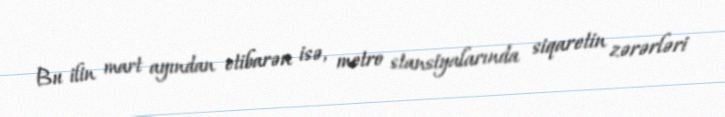
Bu ilin mart ayından etibarən isə, metro stansiyalarında siqaretin zərərləri